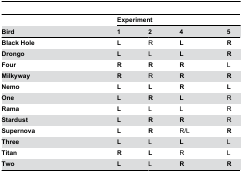
<table><thead><tr><td></td><td colspan="4"><b>Experiment</b></td></tr><tr><td><b>Bird</b></td><td><b>1</b></td><td><b>2</b></td><td><b>4</b></td><td><b>5</b></td></tr></thead><tbody><tr><td><b>Black Hole</b></td><td><b>L</b></td><td>R</td><td><b>L</b></td><td><b>R</b></td></tr><tr><td><b>Drongo</b></td><td><b>L</b></td><td>L</td><td><b>L</b></td><td><b>R</b></td></tr><tr><td><b>Four</b></td><td><b>R</b></td><td><b>R</b></td><td><b>R</b></td><td>L</td></tr><tr><td><b>Milkyway</b></td><td><b>R</b></td><td>R</td><td><b>R</b></td><td><b>R</b></td></tr><tr><td><b>Nemo</b></td><td><b>L</b></td><td><b>L</b></td><td><b>R</b></td><td><b>L</b></td></tr><tr><td><b>One</b></td><td><b>L</b></td><td><b>R</b></td><td><b>L</b></td><td>R</td></tr><tr><td><b>Rama</b></td><td><b>L</b></td><td>L</td><td>L</td><td>R</td></tr><tr><td><b>Stardust</b></td><td><b>L</b></td><td><b>R</b></td><td><b>R</b></td><td>R</td></tr><tr><td><b>Supernova</b></td><td><b>L</b></td><td><b>R</b></td><td>R/L</td><td><b>R</b></td></tr><tr><td><b>Three</b></td><td><b>L</b></td><td>L</td><td><b>L</b></td><td>L</td></tr><tr><td><b>Titan</b></td><td><b>R</b></td><td><b>L</b></td><td>R</td><td>L</td></tr><tr><td><b>Two</b></td><td><b>L</b></td><td>L</td><td><b>R</b></td><td><b>R</b></td></tr></tbody></table>